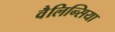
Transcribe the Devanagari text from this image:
वैलिन्सिया